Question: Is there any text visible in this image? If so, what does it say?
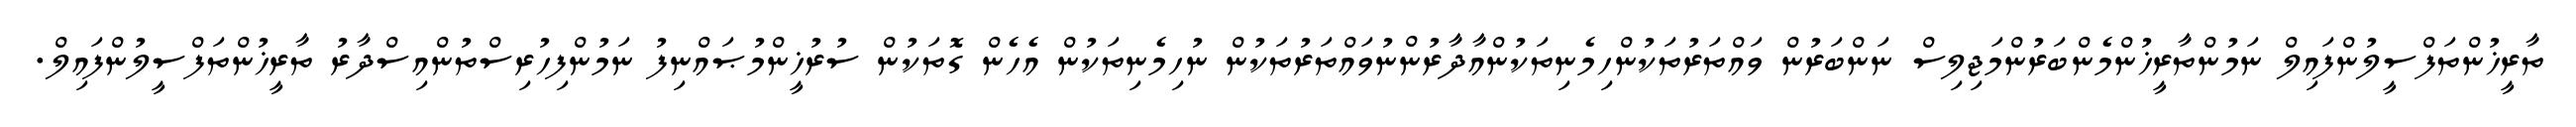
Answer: ތާރީޚުންތަފްސީލުންފައިލް ނަމުންތާރީޚުންމެންބަރުންމަޖިލިސް ނަންބަރުން ވައްތަރުތަކުންހިމެނިތަކުންއާދާރުންނުވައްތަރުތަކުން ނުހިމެނިތަކުން އެހެން ގޮތަކުން ސުރުޚީންމުޞައްނިފު ނަމުންފިހުރިސްތުންއިސްދާރު ތާރީޚުންތަފްސީލުންފައިލް.